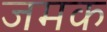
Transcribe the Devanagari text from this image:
जमक